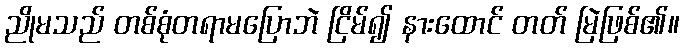
ညိုမသည် တစ်စုံတရာမပြောဘဲ ငြိမ်၍ နားထောင် တတ် မြဲဖြစ်၏။